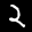
Label: 2